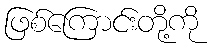
ဖြစ်ကြောင်းတို့ကို